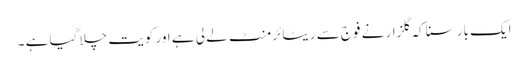
ایک بار سنا کہ گلزار نے فوج سے ریٹائرمنٹ لے لی ہے اور کویت چلا گیا ہے ۔